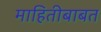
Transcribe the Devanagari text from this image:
माहितीबाबत